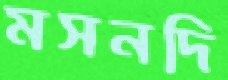
মসনদি